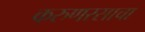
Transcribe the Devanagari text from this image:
करुणरसाचा